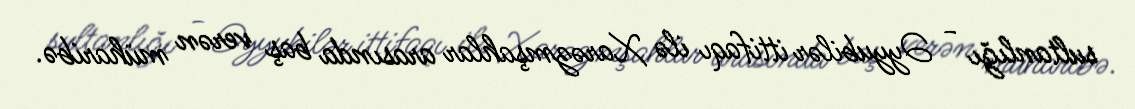
sultanlığı - Əyyubilər ittifaqı ilə Xarəzmşahlar arasında baş verən müharibə.